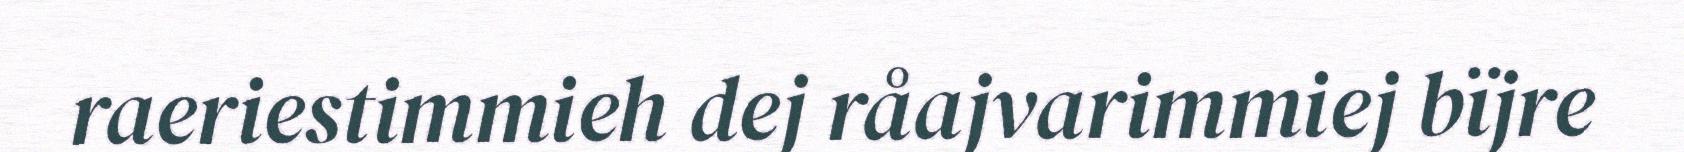
raeriestimmieh dej råajvarimmiej bïjre